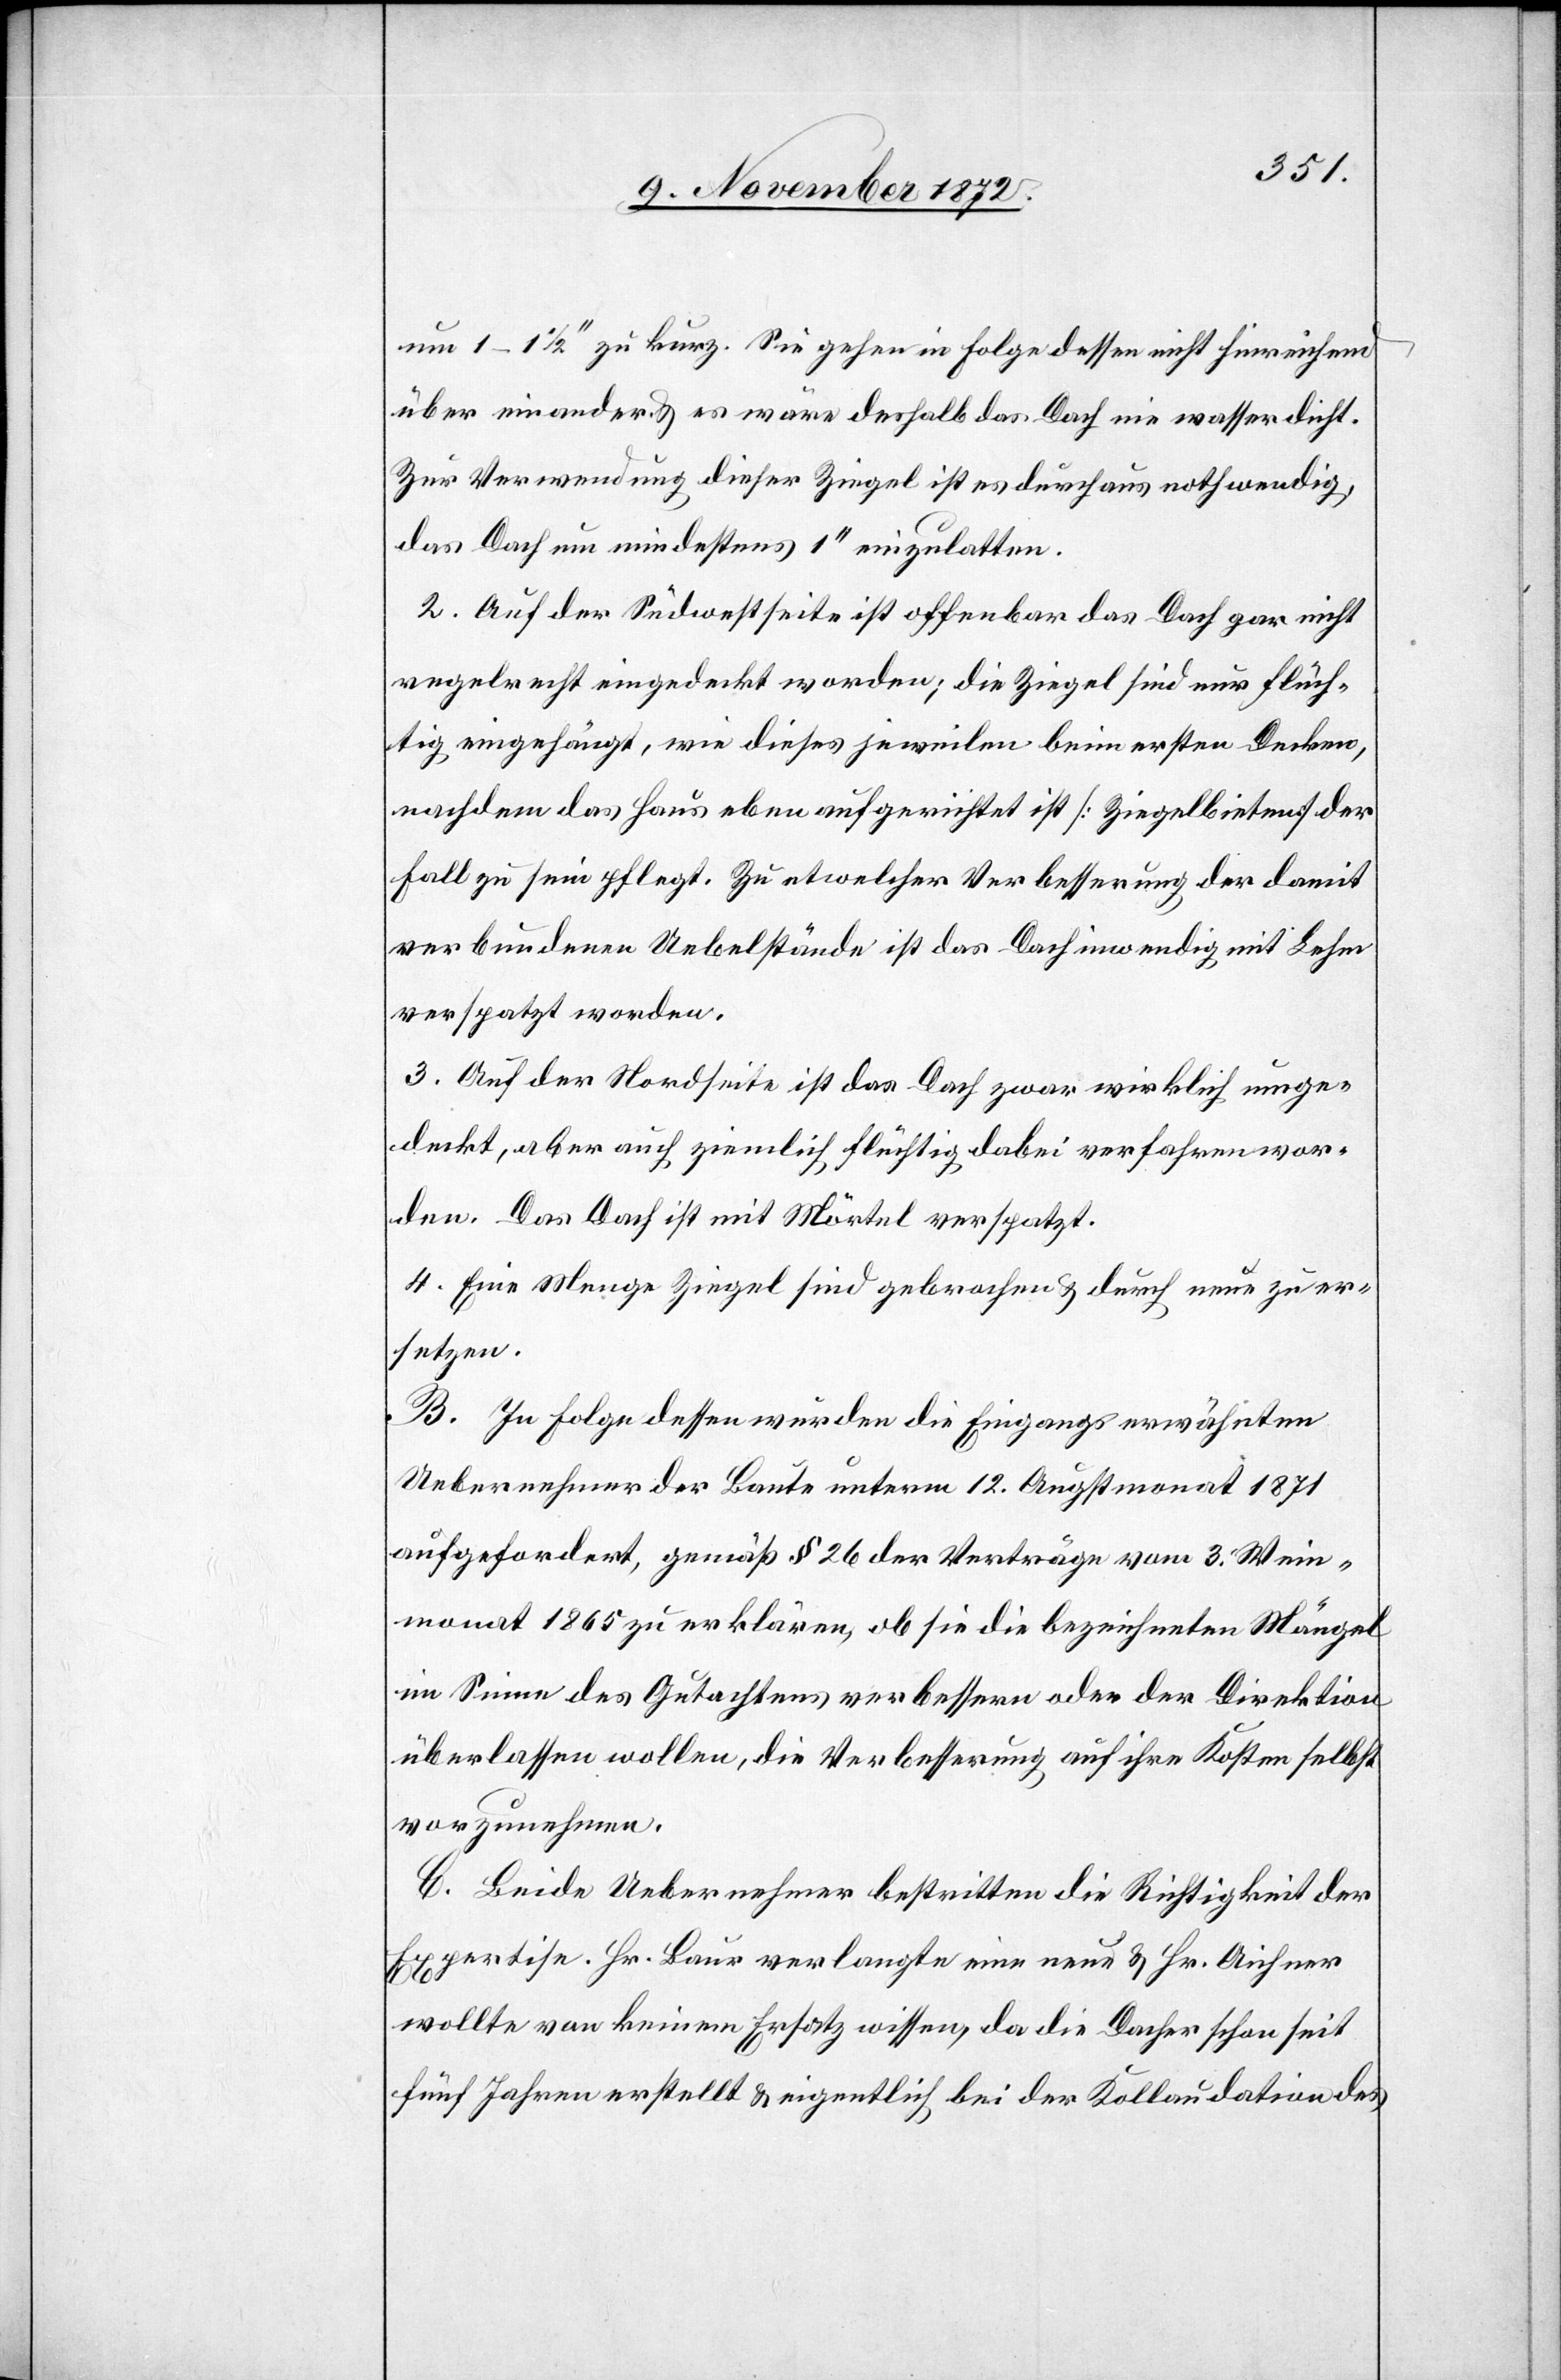
1–1 1/2’’ zu kurz. Sie gehen in Folge dessen nicht hinreichend
über einander u. es wäre deshalb das Dach nie wasserdicht.
Zur Verwendung dieser Ziegel ist es durchaus nothwendig,
das Dach um mindestensn 1’’ einzulatten.
2. Auf der Sudwestseite ist offenbar das Dach gar nicht
regelrecht eingedeckt worden; die Ziegel sind nur flüch¬
tig eingehängt, wie dieses jeweilen beim ersten Decken,
nachdem das Haus eben aufgerichtet ist [Ziegelbieten] der
Fall zu sein pflegt. Zu etwelcher Verbesserung der damit
verbundenen Uebelstände ist das Dach inwendig mit Lehm
verspatzt worden.
3. Auf der Nordseite ist das Dach zwar wirklich umge¬
deckt, aber auch ziemlich flüchtig dabei verfahren wor¬
den. Das Dach ist mit Mörtel verspatzt.
4. Eine Menge Ziegel sind gebrochen u. durch neue zu er¬
setzen.
B. In Folge dessen wurden die Eingangs erwähnten
Uebernehmer der Baute unterm 12. Augstmonat 1871
aufgefordert, gemäß § 26 der Verträge vom 3. Wein¬
monat 1865 zu erklären, ob sie die bezeichneten Mängel
im Sinne des Gutachtens verbessern oder der Direktion
überlassen wollen, die Verbesserung auf ihre Kosten selbst
vorzunehmen.
C. Beide Uebernehmer bestritten die Richtigkeit der
Expertise. Hr. Baur verlangte eine neue u. Hr. Aichner
wollte von keinem Ersatz wissen, da die Dacher [sic!] schon seit
fünf Jahren erstellt u. eigentlich bei der Kollaudation des